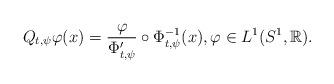
LaTeX: \begin{align*} Q_{t,\psi}\varphi(x)=\frac{\varphi}{\Phi_{t,\psi}'}\circ \Phi_{t,\psi}^{-1}(x), \varphi \in L^1(S^1,\mathbb{R}).\end{align*}